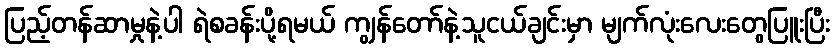
ပြည့်တန်ဆာမှုနဲ့ပါ ရဲစခန်းပို့ရမယ် ကျွန်တော်နဲ့သူငယ်ချင်းမှာ မျက်လုံးလေးတွေပြူးပြီး